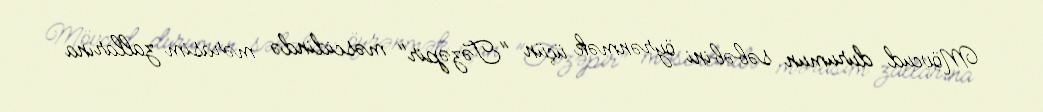
Mövcud durumun səbəbini öyrənmək üçün "Təzəpir" məscidində mərasim zallarına